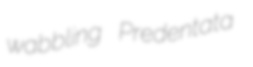
wabbling Predentata